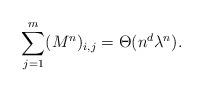
LaTeX: \begin{align*}\sum_{j=1}^m(M^n)_{i,j}=\Theta(n^d\lambda^n).\end{align*}